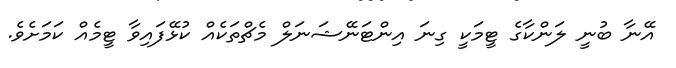
އޭނާ ބުނީ ލަންކާގެ ޓީމަކީ ގިނަ އިންޓަނޭޝަނަލް މެޗްތަކެއް ކުޅޭފައިވާ ޓީމެއް ކަމަށެވެ.